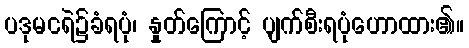
ပဒုမငရဲ၌ခံရပုံ၊ နှုတ်ကြောင့် ပျက်စီးရပုံဟောထား၏။